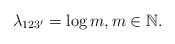
\begin{align*}\lambda_{123'}&=\log m, m\in \mathbb{N}.\end{align*}